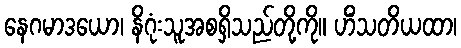
နေဂမာဒယော၊ နိဂုံးသူအစရှိသည်တို့ကို။ ဟိံသတိယထာ၊